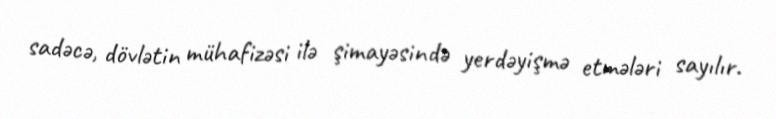
sadəcə, dövlətin mühafizəsi ilə şimayəsində yerdəyişmə etmələri sayılır.